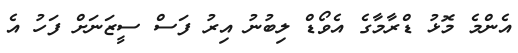
އެންމެ މޮޅު ޑްރާމާގެ އެވޯޑް ލިބުނު އިރު ފަސް ސީޒަނަށް ފަހު އެ